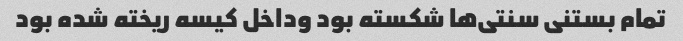
تمام بستنی سنتی‌ها شکسته بود وداخل کیسه ریخته شده بود